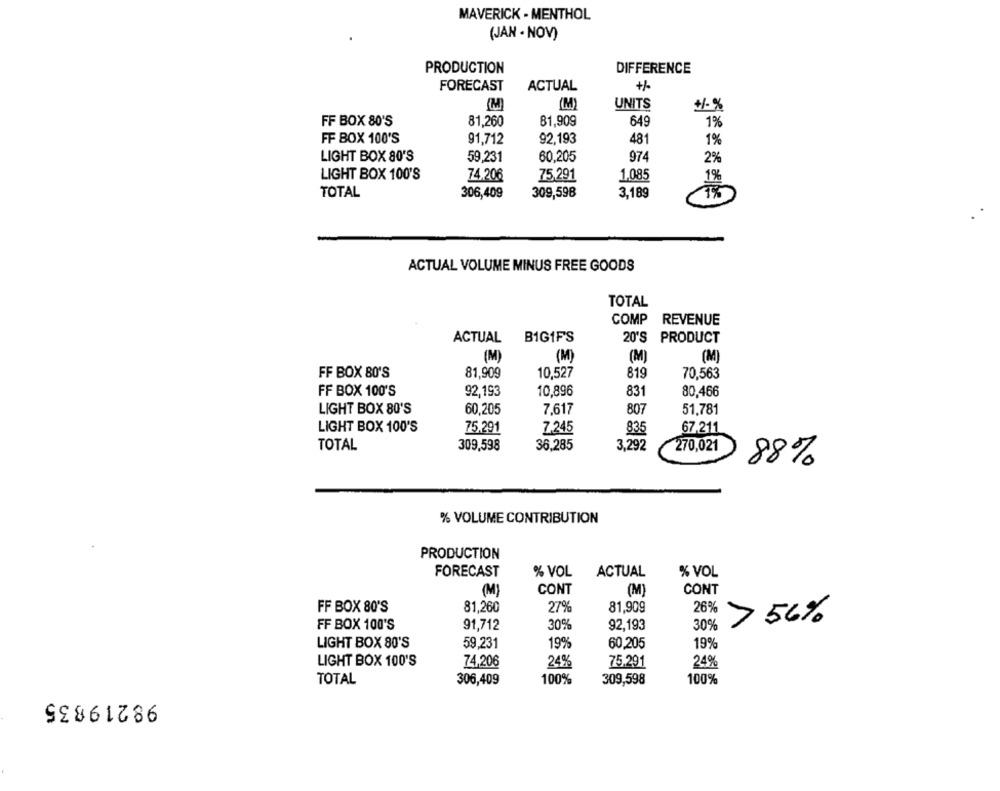
MAVERICK - MENTHOL
(JAN - NOV)
PRODUCTION
DIFFERENCE
FORECAST
ACTUAL
+/-
(M)
(M)
UNITS
+/- %
FF BOX 80'S
81,260
81,909
649
1%
FF BOX 100'S
91,712
92.193
481
1%
LIGHT BOX 80'S
59,231
60,205
974
2%
LIGHT BOX 100'S
74,206
75,291
1.085
1%
TOTAL
306,409
309,598
3,189
TX
ACTUAL VOLUME MINUS FREE GOODS
TOTAL
COMP REVENUE
ACTUAL
B1GIFS
20'S PRODUCT
(M)
(M)
(M)
(M)
FF BOX 80'S
81,909
10,527
819
70.563
FF BOX 100'S
92,193
10,896
831
80,466
LIGHT BOX 80'S
60,205
7,617
807
51,781
LIGHT BOX 100'S
75.291
7.245
835
67.211
TOTAL
309,598
36.285
3,292
270,021
88%
% VOLUME CONTRIBUTION
PRODUCTION
FORECAST
% VOL
ACTUAL
% VOL
(M)
CONT
(M)
CONT
FF BOX 80'S
81,260
27%
81,909
26%
FF BOX 100'S
91,712
30%
92,193
> 56%
30%
LIGHT BOX 80'S
59.231
199
60,205
19
LIGHT BOX 100'S
74,206
249
75.291
24%
306,409
100%
309,598
100%
TOTAL
98219835